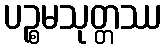
ပဉ္စမသုတ္တဿ